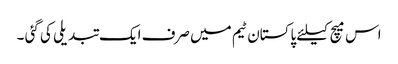
اس میچ کیلئے پاکستان ٹیم میں صرف ایک تبدیلی کی گئی ۔